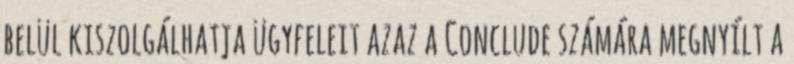
belül kiszolgálhatja ügyfeleit azaz a Conclude számára megnyílt a